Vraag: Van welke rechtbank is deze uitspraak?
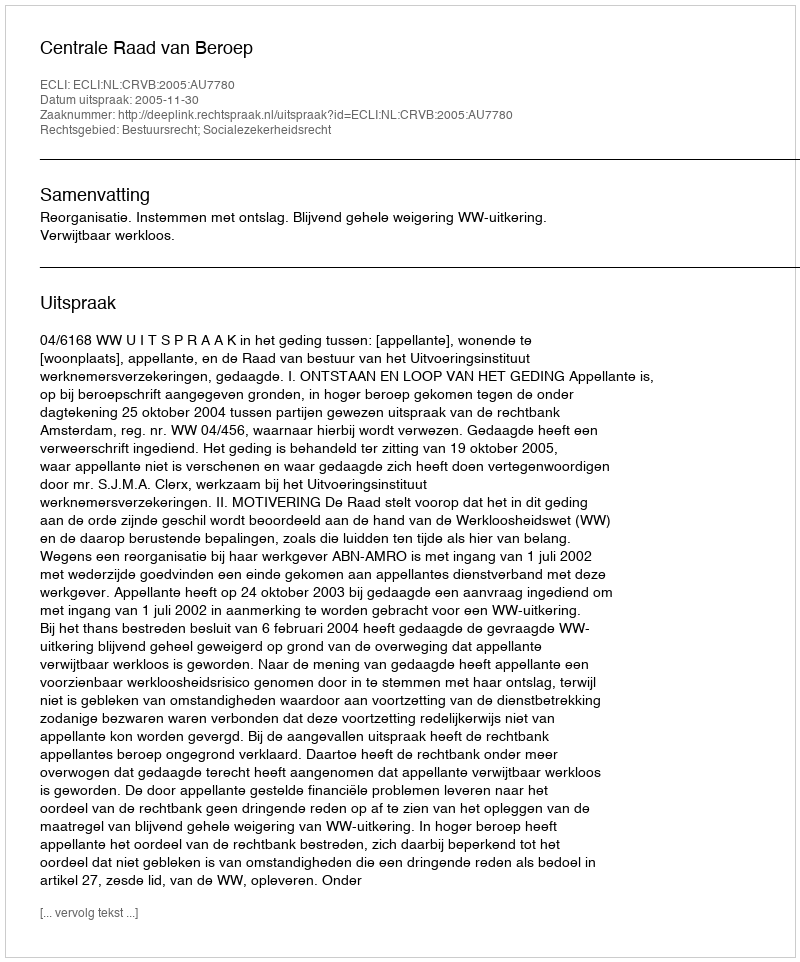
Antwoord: Centrale Raad van Beroep